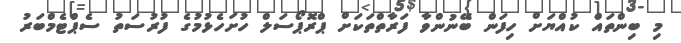
މި ބިންތައް ކުއްޔަށް ހިފަން ބޭނުންވާ ފަރާތްތަކަށް ޕްރޮޕޯސަލް ހުށަހެޅުމުގެ ފުރުސަތު ސެޕްޓެމްބަރު